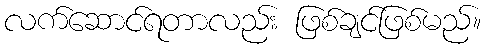
လက်ဆောင်ရတာလည်း ဖြစ်ချင်ဖြစ်မည်။